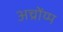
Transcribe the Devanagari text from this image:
अच्रोंय्म